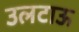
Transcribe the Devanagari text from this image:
उलटाऊ